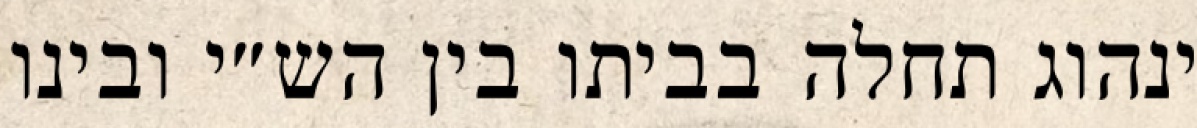
ינהוג תחלה בביתו בין הש״י ובינו